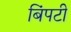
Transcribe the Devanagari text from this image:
बिंपटी